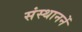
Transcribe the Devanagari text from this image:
संस्थाननें